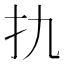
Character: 扏